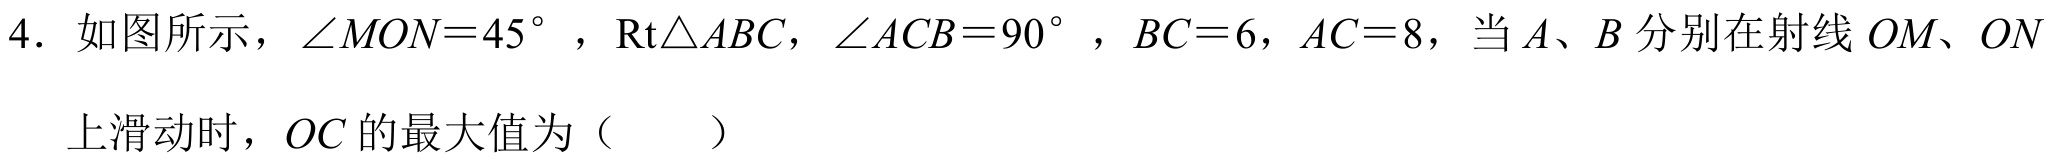
4. 如图所示，\(\angle MON = 45^{\circ}\)，\(Rt\triangle ABC\)，\(\angle ACB = 90^{\circ}\)，\(BC = 6\)，\(AC = 8\)，当\(A、B\)分别在射线 \(OM、ON\)上滑动时，\(OC\)的最大值为（  ）